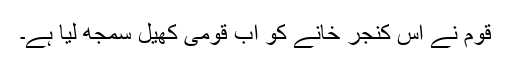
قوم نے اس کنجر خانے کو اب قومی کھیل سمجھ لیا ہے۔